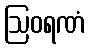
ဩဝရဏံ